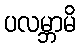
ပလမ္ဘာမိ